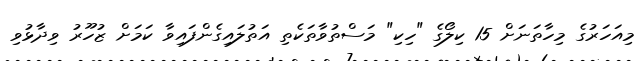
މިއަހަރުގެ މިހާތަނަށް 15 ކިލޯގެ "ހިކި" މަސްތުވާތަކެތި އަތުލައިގެންފައިވާ ކަމަށް ޒުހޫރު ވިދާޅުވި